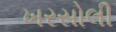
ખરસોલી